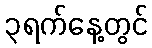
၃ရက်နေ့တွင်